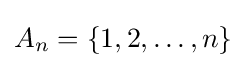
A_{n}=\{1,2,\dots ,n\}